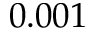
0 . 0 0 1